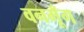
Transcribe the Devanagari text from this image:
वनमूँग